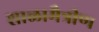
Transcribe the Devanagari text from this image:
शाळामैत्रीण